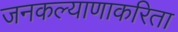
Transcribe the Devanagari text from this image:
जनकल्याणाकरिता